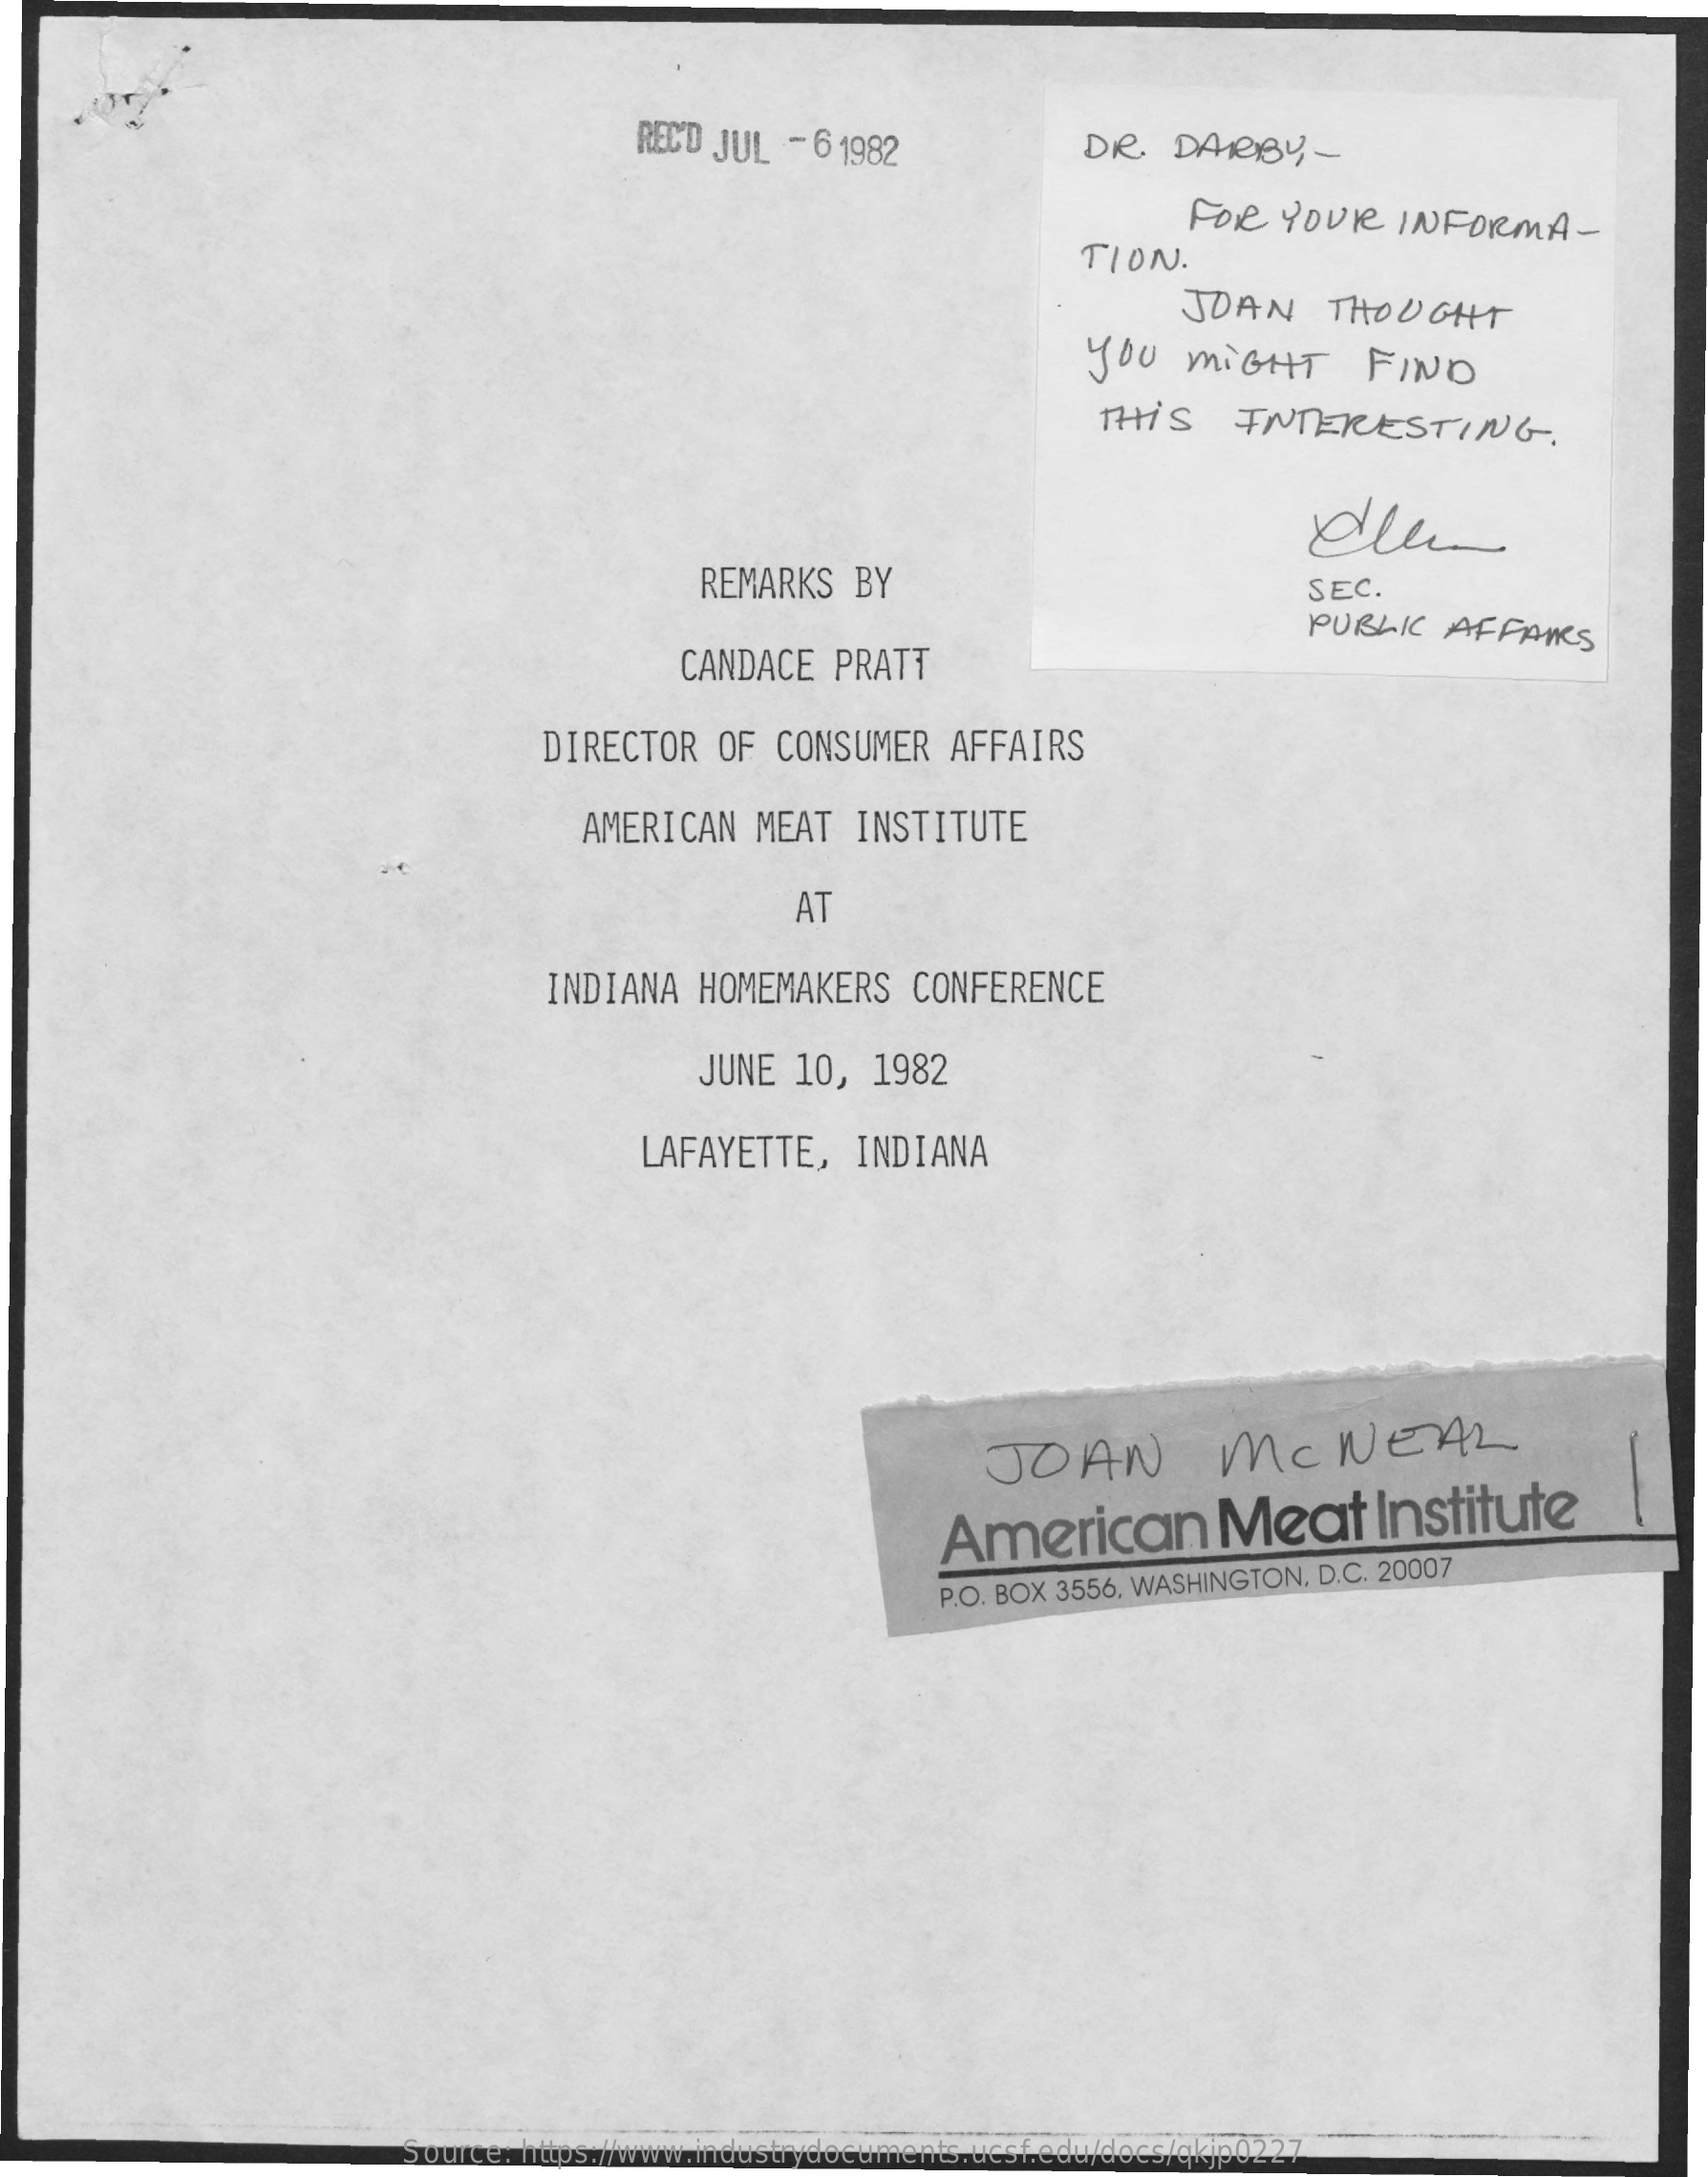
REC'D JUL - 6 1982    DR.  DARBY-
     FOR  YOUR    INFORMA-
     TION  .
     JOAN    THOUGHT
     you   MIGHT    FIND
     THIS    INTERESTING.
     REMARKS   BY    SEC.
     PUBLIC   AFFAIRS
     CANDACE   PRATT
     DIRECTOR   OF  CONSUMER   AFFAIRS
     AMERICAN   MEAT   INSTITUTE
     AT
     INDIANA   HOMEMAKERS    CONFERENCE
     JUNE  10,  1982
     LAFAYETTE,    INDIANA
     JOAN    MCNEAL
     American    Meat    Institute
     P.O. BOX 3556, WASHINGTON, D.C. 20007
     Source: https://www.industrydocuments.ucsf.edu/docs/qkjp0227